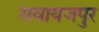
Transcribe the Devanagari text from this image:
सवायजपुर